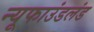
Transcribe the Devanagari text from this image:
न्यूफाउंडलंड